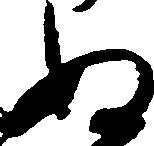
ぬ